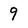
Character: 9